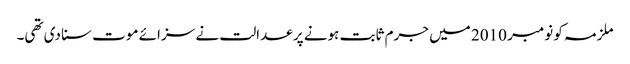
ملزمہ کو نومبر 2010 میں جرم ثابت ہونے پر عدالت نے سزائے موت سنا دی تھی۔